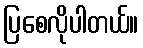
ပြစေလိုပါတယ်။